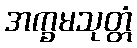
အက္ခမသုတ္တံ